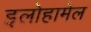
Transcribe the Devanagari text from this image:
इलोहामेल